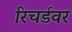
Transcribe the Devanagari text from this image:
रिचर्डवर